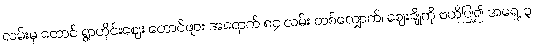
လမ်းမှ တောင် ရွာဟိုင်းဈေး တောင်ဖျား အရောက် ၈၄ လမ်း တစ်လျှောက်၊ ဈေးချိုကို ဗဟိုပြု၍ အရှေ့ ၃